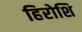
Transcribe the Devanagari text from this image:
हिरोशि